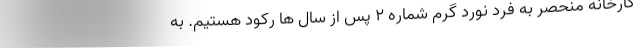
کارخانه منحصر به فرد نورد گرم شماره ۲ پس از سال ها رکود هستیم. به